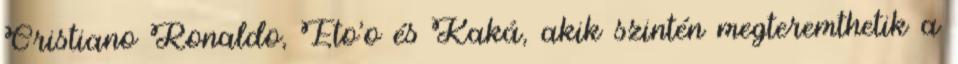
Cristiano Ronaldo, Eto'o és Kaká, akik szintén megteremthetik a